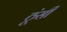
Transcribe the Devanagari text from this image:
ठूंसी